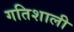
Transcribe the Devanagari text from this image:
गतिशाली